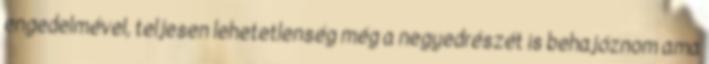
engedelmével, teljesen lehetetlenség még a negyedrészét is behajóznom ama